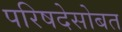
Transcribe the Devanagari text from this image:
परिषदेसोबत